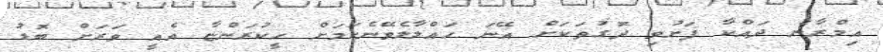
އިމްރާނު ދައްކާ ފަށުވި ދޮގުތަކަށް އޭނަ ހައްލާލެވޭނެކަމަށް ހީކުރަންޏާ އެއީ ވަރަށް ބޮޑު